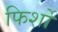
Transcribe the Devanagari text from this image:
फिर्शो